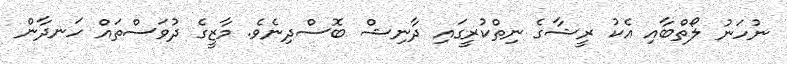
ނުހަނު ލޯތްބާއި އެކު ރީޝާގެެ ނިތްކުރީީީީީީގައި ދާނިޝް ބޮސްދިނެވެ. މާޒީގެ ދުވަސްތައް ހަނދާން